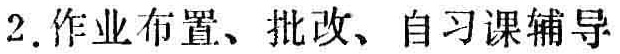
2. 作业布置、批改、自习课辅导